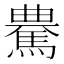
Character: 𩤰